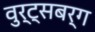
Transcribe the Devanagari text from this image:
वुर्ट्‌सबर्ग